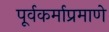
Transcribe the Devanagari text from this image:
पूर्वकर्माप्रमाणे